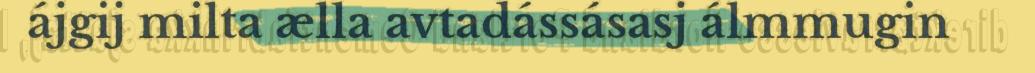
ájgij milta ælla avtadássásasj álmmugin